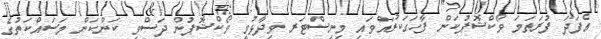
އެފަދަ ފުރަތަމަ ވޯކްޝޮޕުކަން ފާހަގަކުރައްވައި މިނިސްޓަރ ވިދާޅުވީ ވޯކްޝޮޕުން ދަސްވި ކަންކަން މަސައްކަތުގެ